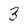
Character: 3